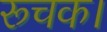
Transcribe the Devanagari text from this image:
रूचक।